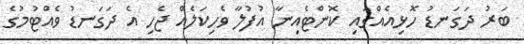
ބަރު ދަގަނޑު ހޮޅިއެއްގައި ކޮންޓެއިނާ އުފުލާ ވެހިކަލެއް ޖެހި އެ ދަގަނޑު ވެއްޓުމުގެ